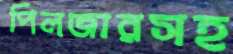
পিলজারসহ